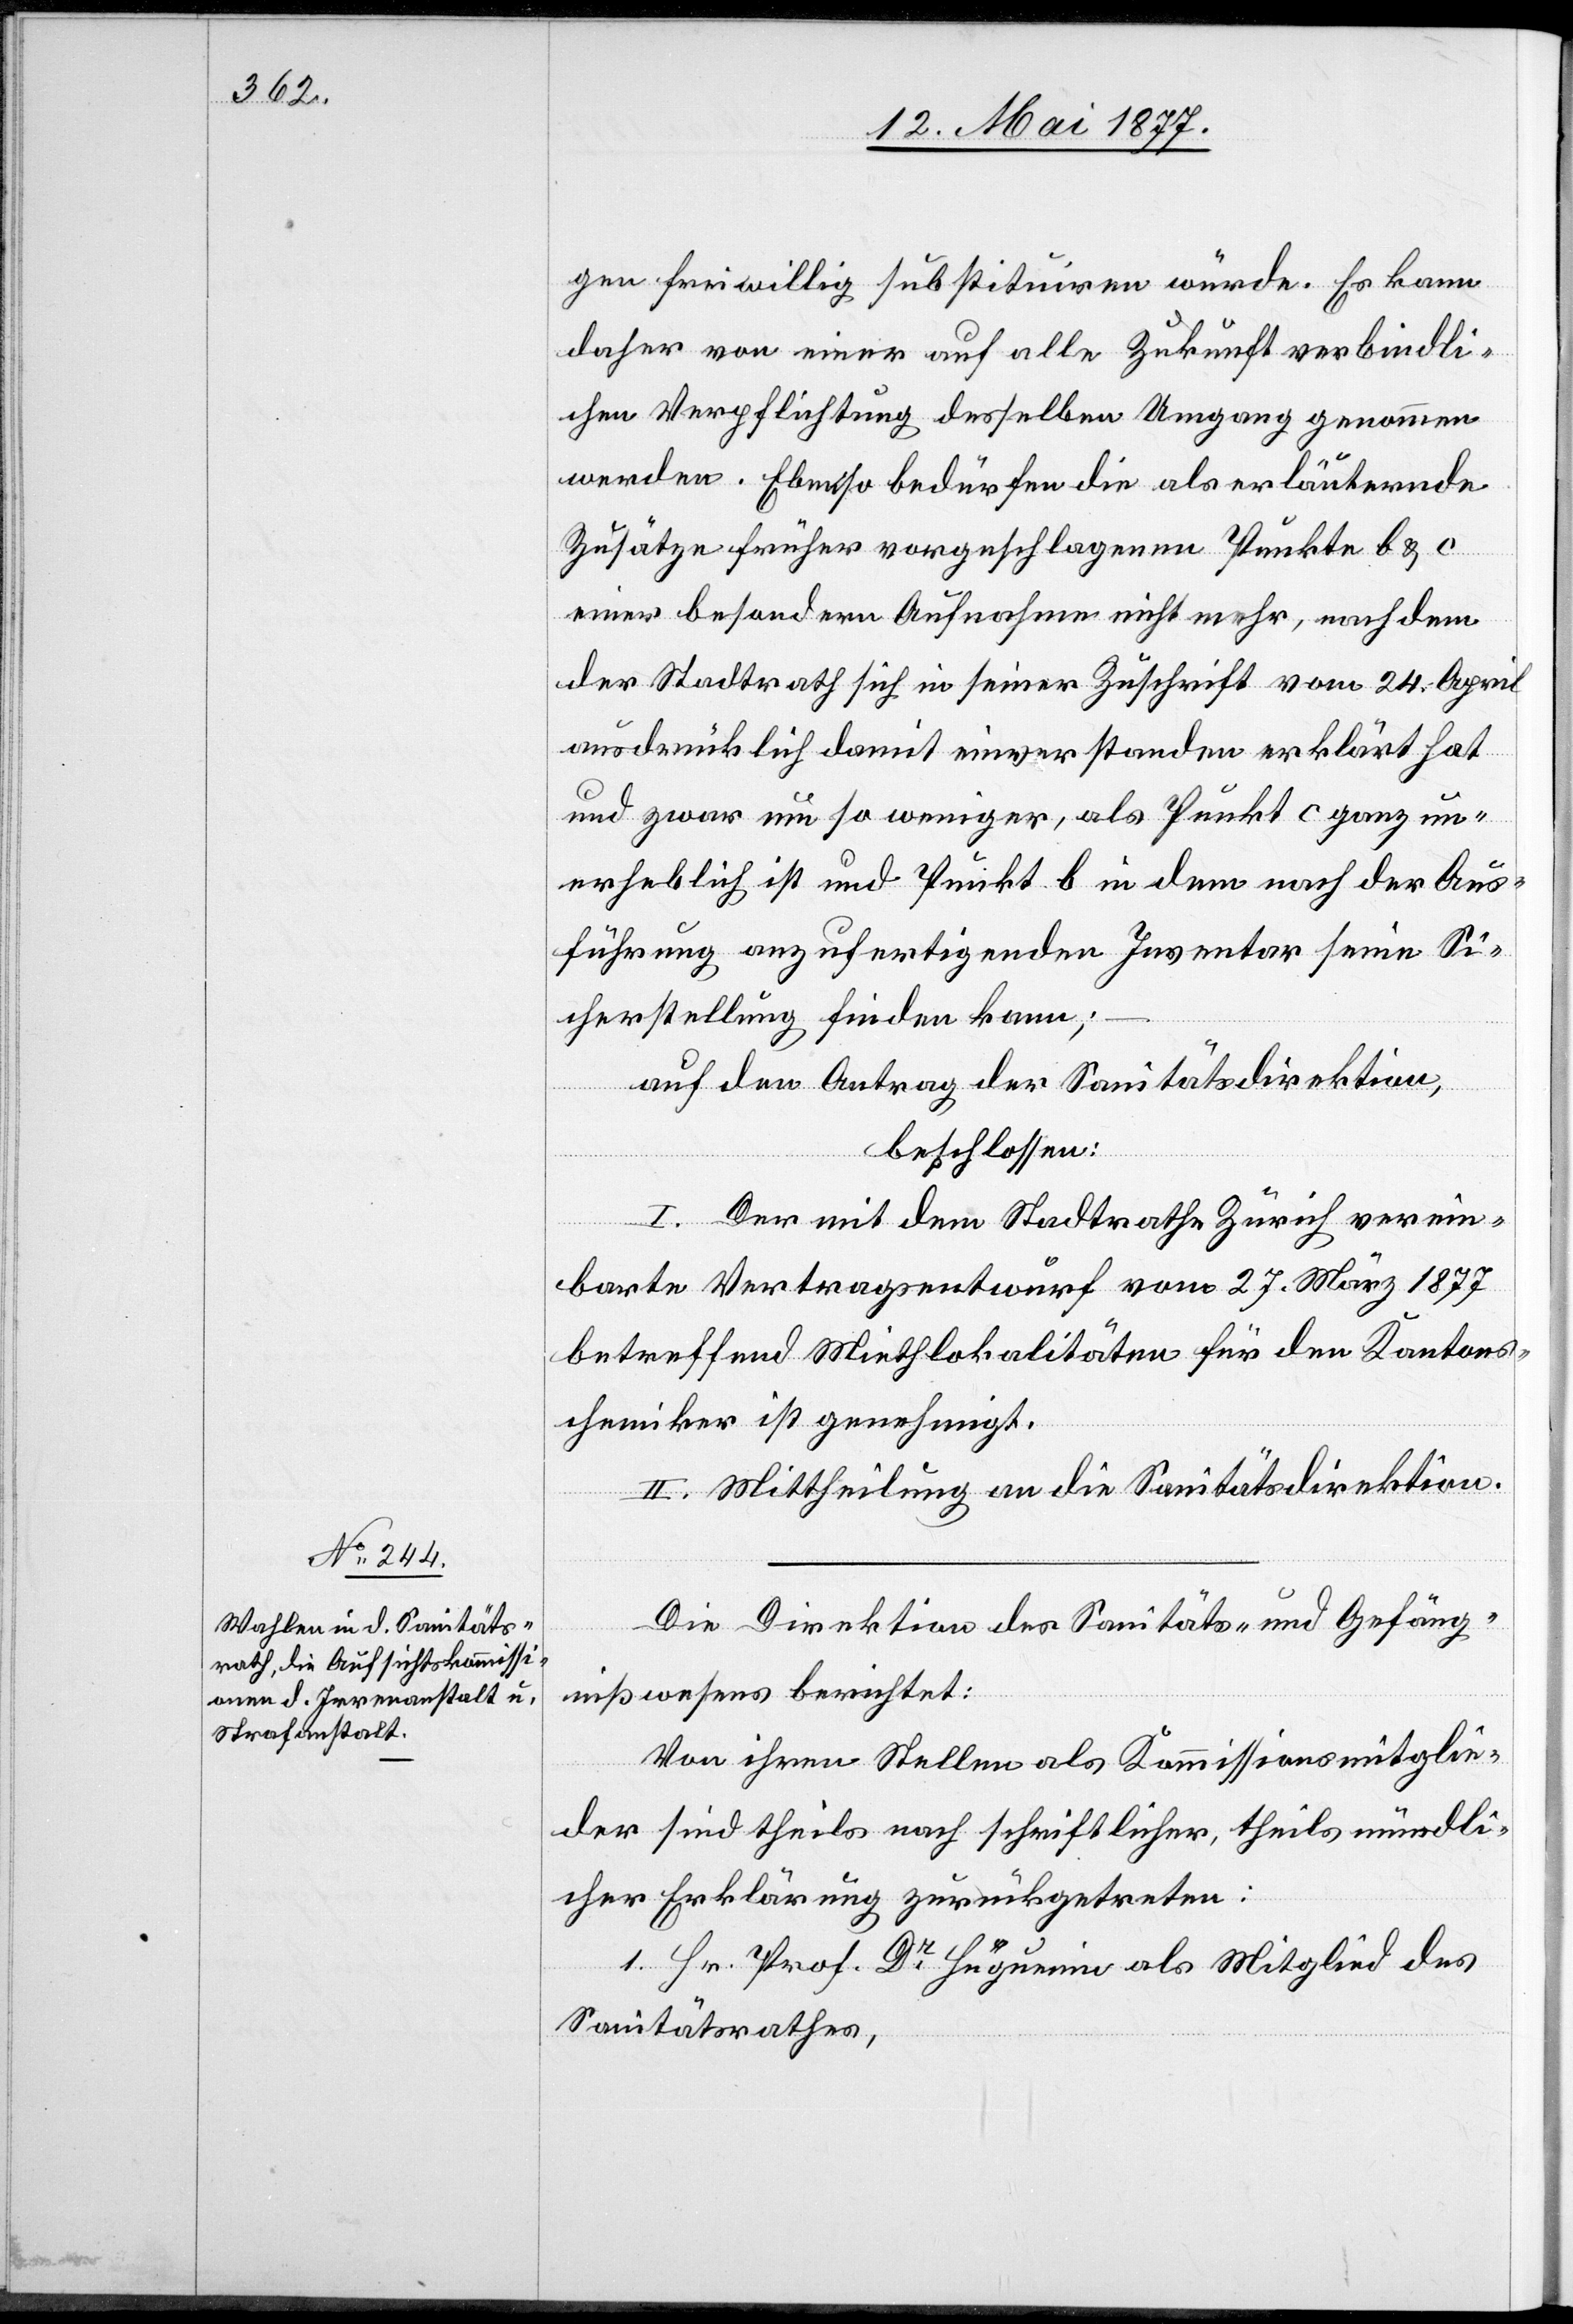
Die Direktion des Sanitäts- und Gefäng¬
nißwesens berichtet:
Von ihren Stellen als Kommissionsmitglie¬
der sind theils nach schriftlicher, theils nach mündli¬
cher Erklärung zurückgetreten:
1. Hr. Prof. Dr Huguenin als Mitglied des
Sanitätsrathes,